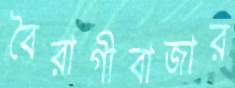
বৈরাগীবাজার